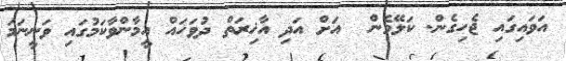
އަވައިގައި ޖެހިގެން. ކަލޭމެން  އަށް އަދި އާޚިރަތް ދުވަހައް އީމާންވާކަމުގައި ވަނީނަމަ